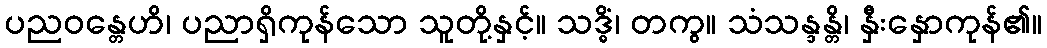
ပညဝန္တေဟိ၊ ပညာရှိကုန်သော သူတို့နှင့်။ သဒ္ဓိံ၊ တကွ။ သံသန္ဒန္တိ၊ နှီးနှောကုန်၏။